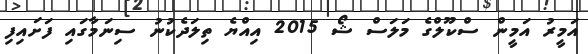
އަމީރު އަމީން ސްކޫލްގެ މަލަސް ޝޯ 2015 އިއްޔެ ތިލަދެކުނު ސިނަމާގައި ފަށައިފި